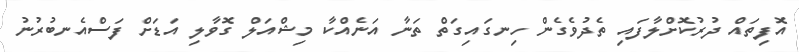
އޮފިތައް ދުރުކޮށްލާފައި ތެދުވެގެން ހިނގައިގަތް ތަނާ އަނެއްކާ މިޝްއަލް ގޮވާލި އަޑަށް ފަސްއެނބުރުނު